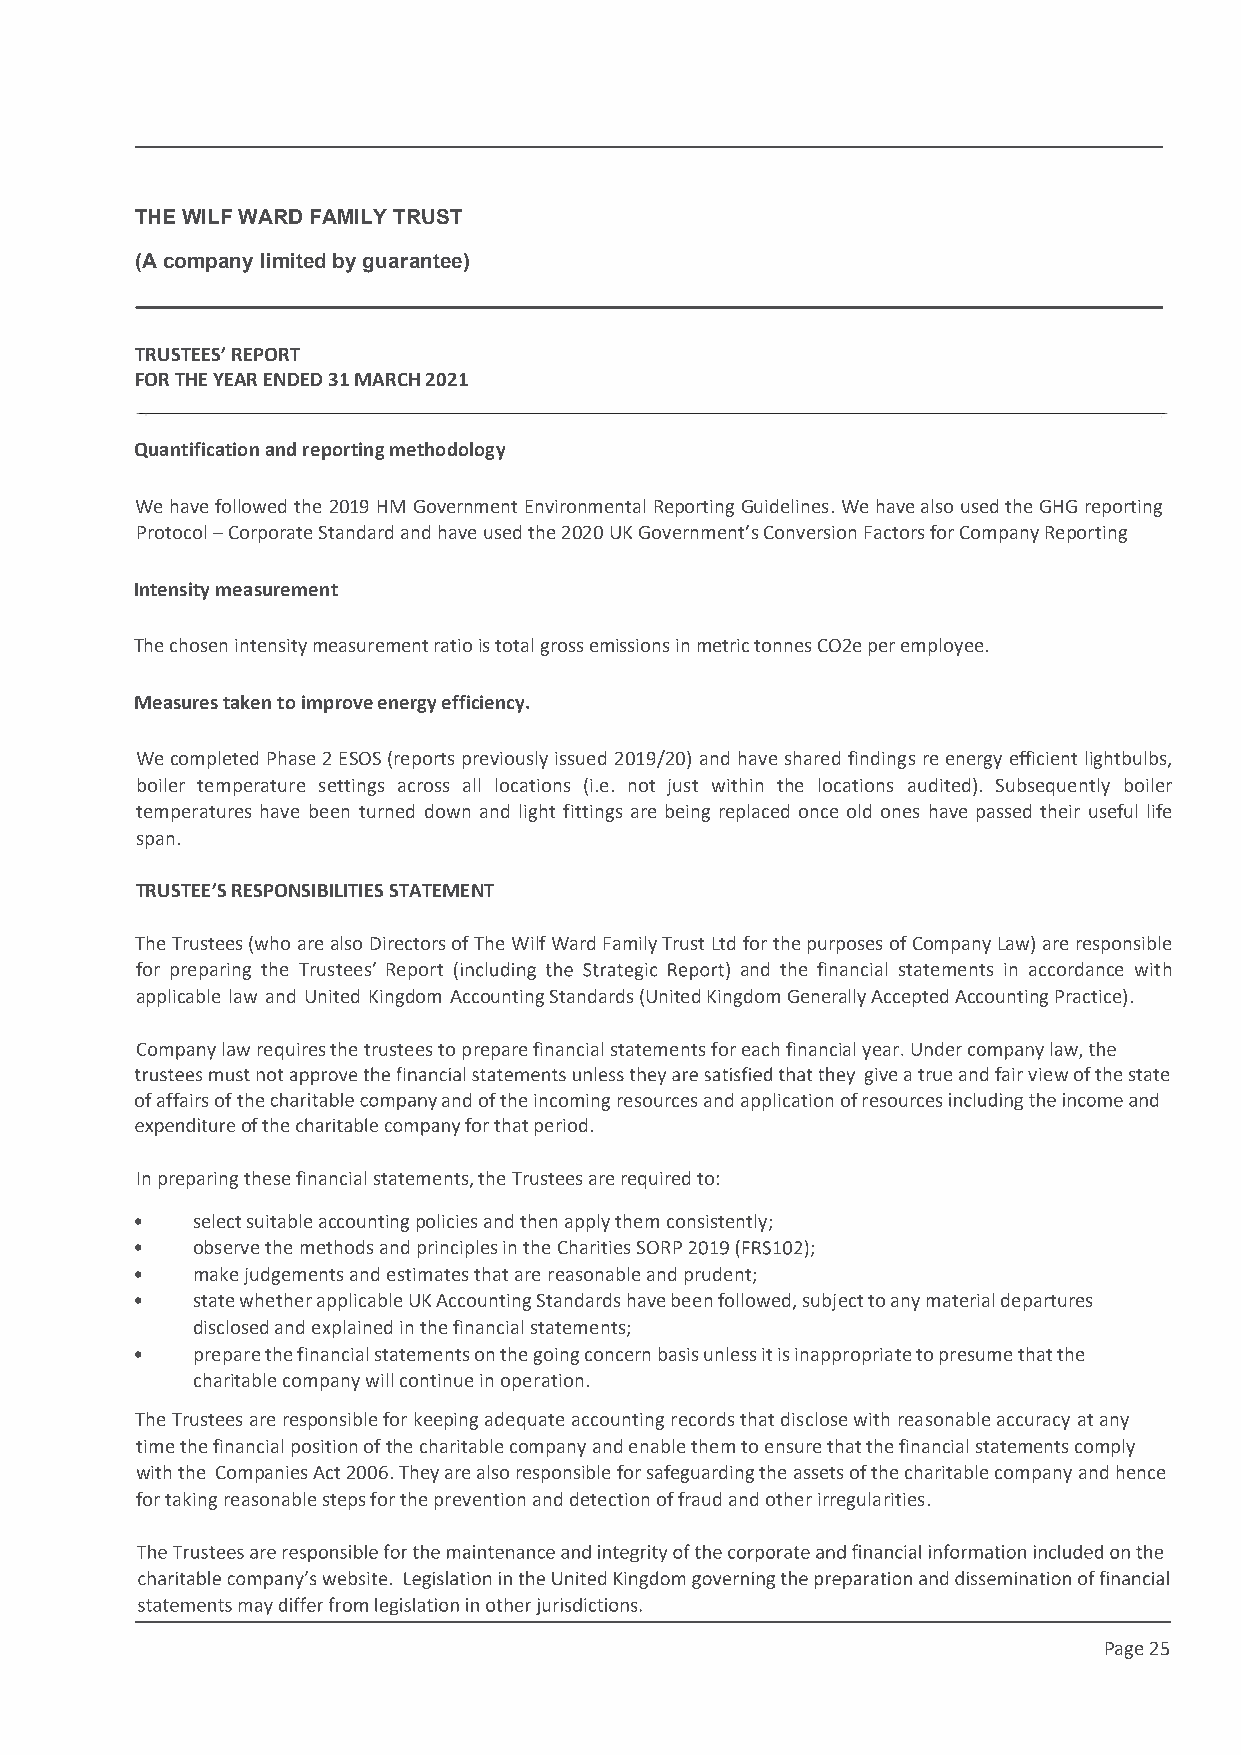
This draft produced on 28/7/2021 11:34
 THE WILF WARD FAMILY TRUST
 (A company limited by guarantee)
 TRUSTEES’ REPORT
 FOR THE YEAR ENDED 31 MARCH 2021
 Quantification and reporting methodology
 We have followed the 2019 HM Government Environmental Reporting Guidelines. We have also used the GHG reporting
 Protocol – Corporate Standard and have used the 2020 UK Government’s Conversion Factors for Company Reporting
 Intensity measurement
 The chosen intensity measurement ratio is total gross emissions in metric tonnes CO2e per employee.
 Measures taken to improve energy efficiency.
 We completed Phase 2 ESOS (reports previously issued 2019/20) and have shared findings re energy efficient lightbulbs,
 boiler temperature settings across all locations (i.e. not just within the locations audited). Subsequently boiler
 temperatures have been turned down and light fittings are being replaced once old ones have passed their useful life
 span.
 TRUSTEE’S RESPONSIBILITIES STATEMENT
 The Trustees (who are also Directors of The Wilf Ward Family Trust Ltd for the purposes of Company Law) are responsible
 for preparing the Trustees’ Report      and the financial statements in accordance with
 applicable law and United Kingdom Accounting Standards (United Kingdom Generally Accepted Accounting Practice).
 requires the trustees to prepare financial statements for each financial year
 give a true and fair view of the state
 of affairs of the   and of the incoming resources and application of resources
 of the         for that period.
 In preparing these financial statements, the Trustees are required to:
 •   select suitable accounting policies and then apply them consistently;
 •   observe the methods and principles in the Charities SORP ;
 •   make judgements and estimates that are reasonable and prudent;
 •   state whether applicable UK Accounting Standards have been followed, subject to any material departures
 disclosed and explained in the financial statements;
 •   prepare the financial statements on the going concern basis unless it is inappropriate to presume that the
 charitablecompany will continue in operation.
 The Trustees are responsible for keeping adequate accounting records that disclose with reasonable accuracy at any
 time the financial position of the charitable company and enable them to ensure that the financial statements comply
 with the Companies Act 2006. They are also responsible for safeguarding the assets of the charitable company and hence
 for taking reasonable steps for the prevention and detection of fraud and other irregularities.
 Page 25